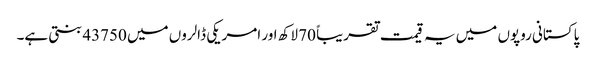
پاکستانی روپوں میں یہ قیمت تقریباً 70 لاکھ اور امریکی ڈالروں میں 43750 بنتی ہے۔